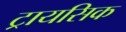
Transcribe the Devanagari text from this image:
ट्रायसिक